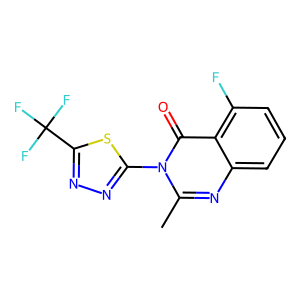
SMILES: Cc1nc2cccc(F)c2c(=O)n1-c1nnc(C(F)(F)F)s1
Inhibits HIV replication: No